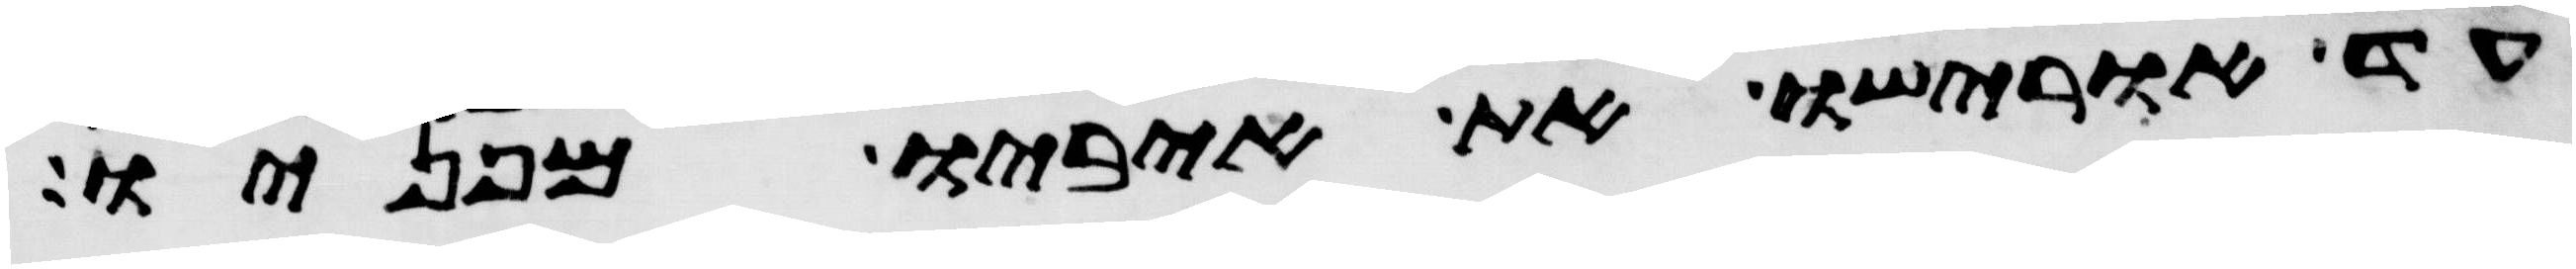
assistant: עד אורישו את איביו מפניו